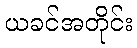
ယခင်အတိုင်း